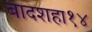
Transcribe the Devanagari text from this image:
बादशहा१४